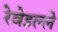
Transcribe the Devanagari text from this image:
रेवेइल्ले